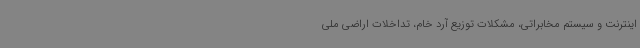
اینترنت و سیستم مخابراتی، مشکلات توزیع آرد خام، تداخلات اراضی ملی